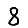
Digit: 8